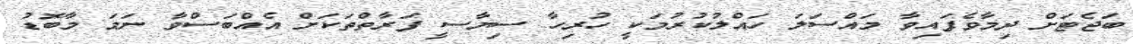
ބަޖެޓަށް ދިމާވެފައިވާ މައްސަލަ ހައްލުކުރުމަކީ ހުރިހާ ސިޔާސީ ފަރާތްތަކަށް އެއްބަސްވާ ނަމަ މާބޮޑު